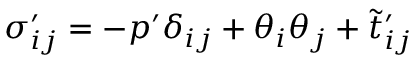
\sigma _ { i j } ^ { \prime } = - p ^ { \prime } \delta _ { i j } + \theta _ { i } \theta _ { j } + \tilde { t } _ { i j } ^ { \prime }